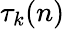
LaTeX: \tau_{k}(n)